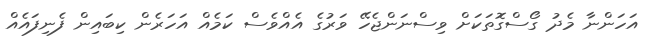
އަހަންނާ މެދު ގޯސްގޮތަކަށް ވިސްނަންޖެހޭ ވަރުގެ އެއްވެސް ކަމެއް އަހަރެން ކިބައިން ފެނިފައެއް